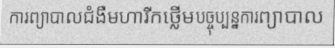
ការព្យាបាលជំងឺមហារីកថ្លើមបច្ចុប្បន្នការព្យាបាល